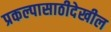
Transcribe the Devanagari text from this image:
प्रकल्पासाठीदेखील